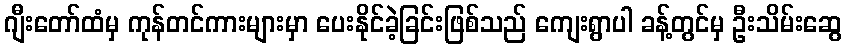
ဂျီးတော်ထံမှ ကုန်တင်ကားများမှာ ပေးနိုင်ခဲ့ခြင်းဖြစ်သည် ကျေးရွာပါ ခန့်တွင်မှ ဦးသိမ်းဆွေ